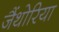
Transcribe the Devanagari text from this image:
जैंथोरिया